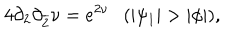
4 \partial _ { 2 } \partial _ { \overline { { { 2 } } } } \nu = e ^ { 2 \nu } ( | \psi _ { 1 } | > | \phi | ) ,